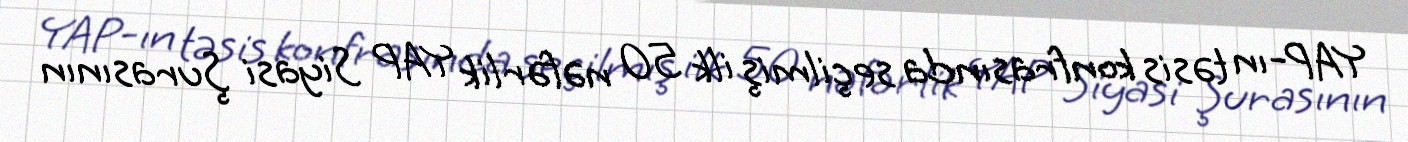
YAP-ın təsis konfrasında seçilmiş ilk 50 nəfərlik YAP Siyasi Şurasının